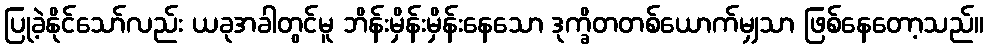
ပြုခဲ့နိုင်သော်လည်း ယခုအခါတွင်မူ ဘိန်းမှိန်းမှိန်းနေသော ဒုက္ခိတတစ်ယောက်မျှသာ ဖြစ်နေတော့သည်။